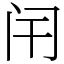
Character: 闬